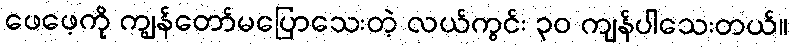
ဖေဖေ့ကို ကျွန်တော်မပြောသေးတဲ့ လယ်ကွင်း ၃၀ ကျန်ပါသေးတယ်။